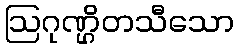
ဩဂုဏ္ဌိတသီသော